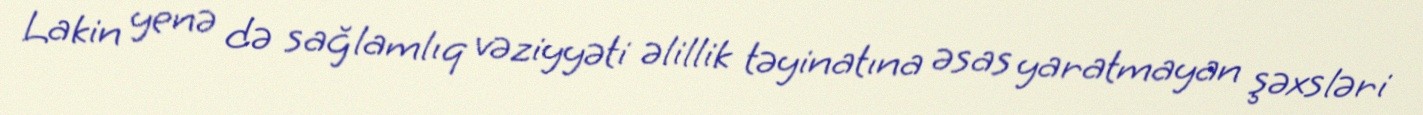
Lakin yenə də sağlamlıq vəziyyəti əlillik təyinatına əsas yaratmayan şəxsləri